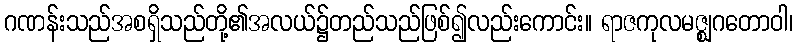
ဂဏန်းသည်အစရှိသည်တို့၏အလယ်၌တည်သည်ဖြစ်၍လည်းကောင်း။ ရာဇကုလမဇ္ဈဂတောဝါ၊